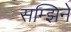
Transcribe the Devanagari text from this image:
सम्झिने